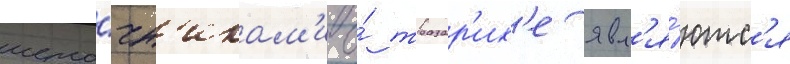
исто́чн'икам'и о́ тразар'их'е явл'я́ютс'я